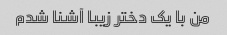
من با یک دختر زیبا آشنا شدم